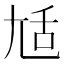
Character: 𡯢